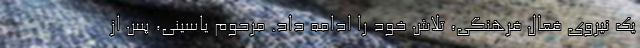
یک نیروی فعال فرهنگی، تلاش خود را ادامه داد. مرحوم یاسینی، پس از